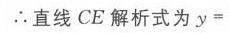
\(\therefore\)直线 \(CE\) 解析式为 \(y =\)